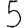
Digit: 5